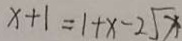
x + 1 = 1 + x - 2 \sqrt { x }